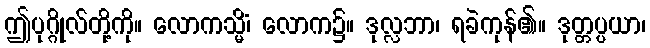
ဤပုဂ္ဂိုလ်တို့ကို။ လောကသ္မိံ၊ လောက၌။ ဒုလ္လဘာ၊ ရခဲကုန်၏။ ဒုတ္တပ္ပယာ၊